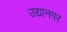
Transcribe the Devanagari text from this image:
उद्यानगर